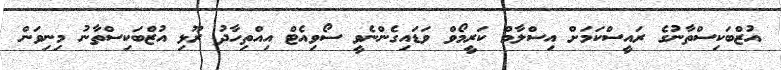
އުޒްބަކިސްތާނުގެ ރައީސްކަމަށް އިސްލާމް ކަރީމޯވް ވަޑައިގެންނެވީ ސޯވިއެޓް އިއްތިހާދު ރޫޅި އުޒްބަކިސްތާނު މިނިވަން